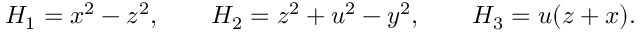
H _ { 1 } = x ^ { 2 } - z ^ { 2 } , \qquad H _ { 2 } = z ^ { 2 } + u ^ { 2 } - y ^ { 2 } , \qquad H _ { 3 } = u ( z + x ) .